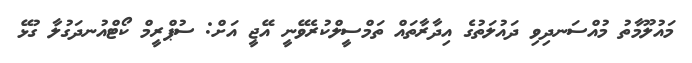
މައުލޫމާތު މުއްސަނދިވި ދައުލަތުގެ އިދާރާތައް ތަމްސީލްކުރެވޭނީ އޭޖީ އަށް: ސުޕްރީމް ކޯޓްއުނދަގުލާ ގުޅޭ